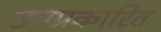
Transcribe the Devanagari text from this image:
उपप्रकारित